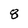
Character: 8